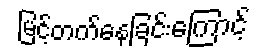
မြင့်တက်နေခြင်းကြောင့်